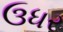
ઉધર